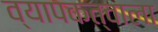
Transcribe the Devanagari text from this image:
व्यापकत्वाला